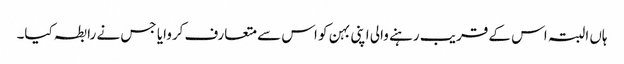
ہاں البتہ اس کے قریب رہنے والی اپنی بہن کو اس سے متعارف کروایا جس نے رابطہ کیا۔